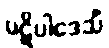
ပဋိပါဒေသိံ